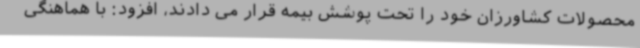
محصولات کشاورزان خود را تحت پوشش بیمه قرار می دادند، افزود: با هماهنگی